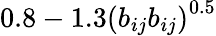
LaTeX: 0.8-1.3\left(b_{ij}b_{ij}\right)^{0.5}